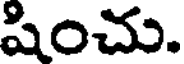
షించు.